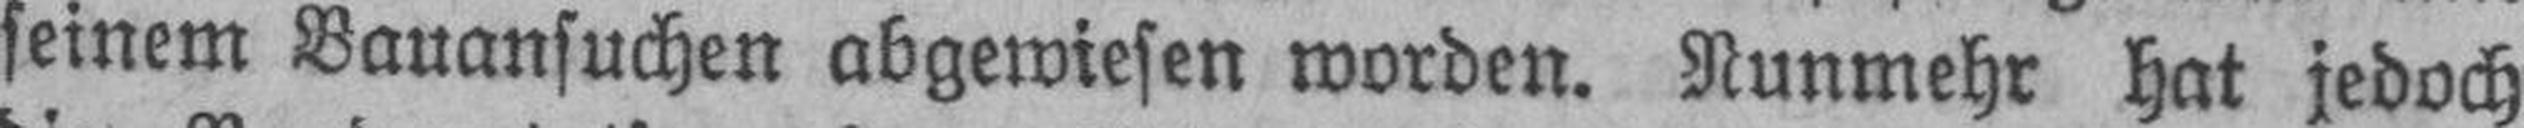
seinem Bauansuchen abgewiesen worden. Nunmehr hat jedoch